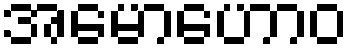
အမောဟောဝ